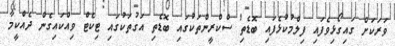
ވަރަކަށް ގައިގޯޅިވެފައި ފިލްމުކުޅެފައި ބޮޑެތި ސްކްރީންތަކުގައި ބޮޑެތި އަގުތަކުގައި ޓިކެޓް ވިއްކައިގެން ދެއްކީމާ